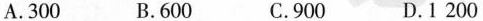
A.300 B.600 C.900 D.1200